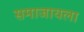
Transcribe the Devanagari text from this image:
समाजायला